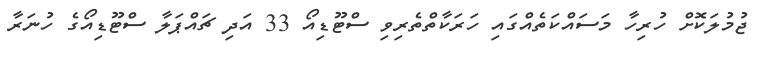
ޖުމުލަކޮށް ހުރިހާ މަސައްކަތެއްގައި ހަރަކާތްތެރިވި ސްޓޫޑިއޯ 33 އަދި ޗައްޕަލާ ސްޓޫޑިއޯގެ ހުނަރާ